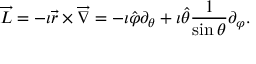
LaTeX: \overrightarrow { L } = - \imath \overrightarrow { r } \times \overrightarrow { \nabla } = - \imath \hat { \varphi } \partial _ { \theta } + \imath \hat { \theta } \frac { 1 } { \sin { \theta } } \partial _ { \varphi } .